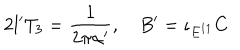
LaTeX: 2 l ^ { \prime } T _ { 3 } = { \frac { 1 } { 2 \pi \alpha ^ { \prime } } } , \quad B ^ { \prime } = \iota _ { E ^ { 1 1 } } C